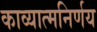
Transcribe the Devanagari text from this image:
काव्यात्मनिर्णय